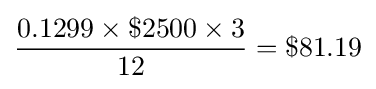
{\frac {0.1299\times \$2500\times 3}{12}}=\$81.19